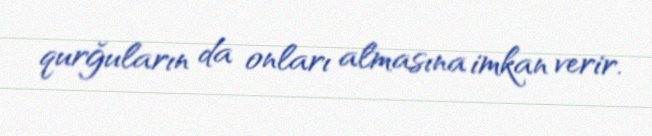
qurğuların da onları almasına imkan verir.